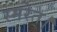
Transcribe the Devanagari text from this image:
स्मरेत्‌।